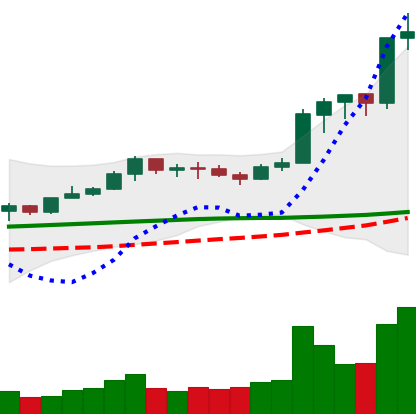
Ticker: LINK-USD
Chart end date: 2020-02-12
Forward return: 6.755%
Label: up_5_7